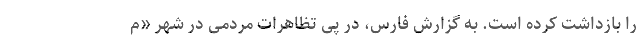
را بازداشت کرده است. به گزارش فارس، در پی تظاهرات مردمی در شهر «م